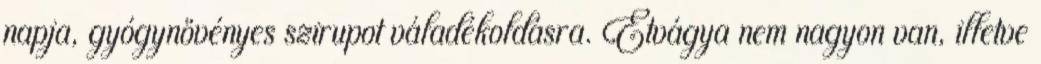
napja, gyógynövényes szirupot váladékoldásra. Étvágya nem nagyon van, illetve